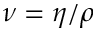
\nu = \eta / \rho